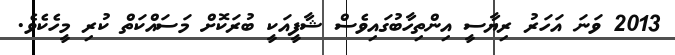
2013 ވަނަ އަހަރު ރިޔާސީ އިންތިހާބުގައިވެސް ޝާފީއަކީ ބުރަކޮށް މަސައްކަތް ކުރި މީހެކެވެ.